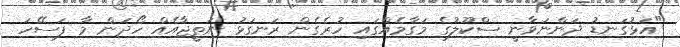
"އަޅުގަނޑު ދަންނަވާނީ ސްކޫލުގެ މަގާމެއްގައި ހުރެގެން ރަނގަޅު ނަތީޖާއެއް ހޯދަން މާ ފަސޭހަ